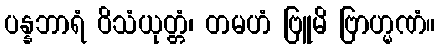
ပန္နဘာရံ ဝိသံယုတ္တံ၊ တမဟံ ဗြူမိ ဗြာဟ္မဏံ။